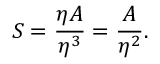
S = \frac { \eta A } { \eta ^ { 3 } } = \frac { A } { \eta ^ { 2 } } .